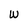
Character: W